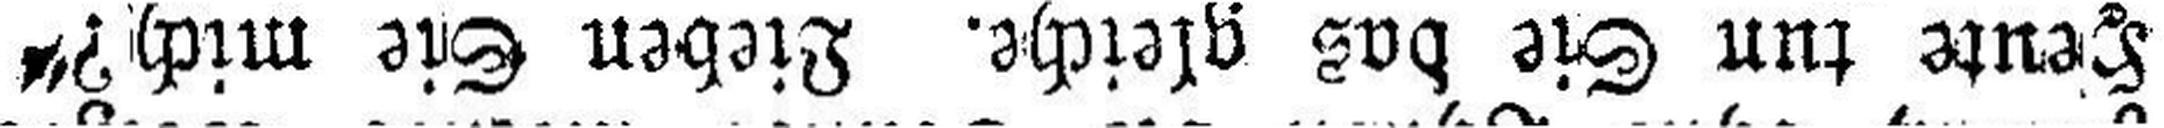
Heute tun Sie das gleiche. Lieben Sie mich?“